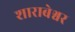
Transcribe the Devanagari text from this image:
शाराबेश्वर